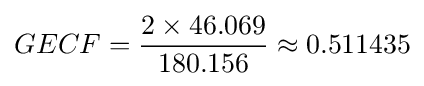
GECF={\frac {2\times 46.069}{180.156}}\approx 0.511435